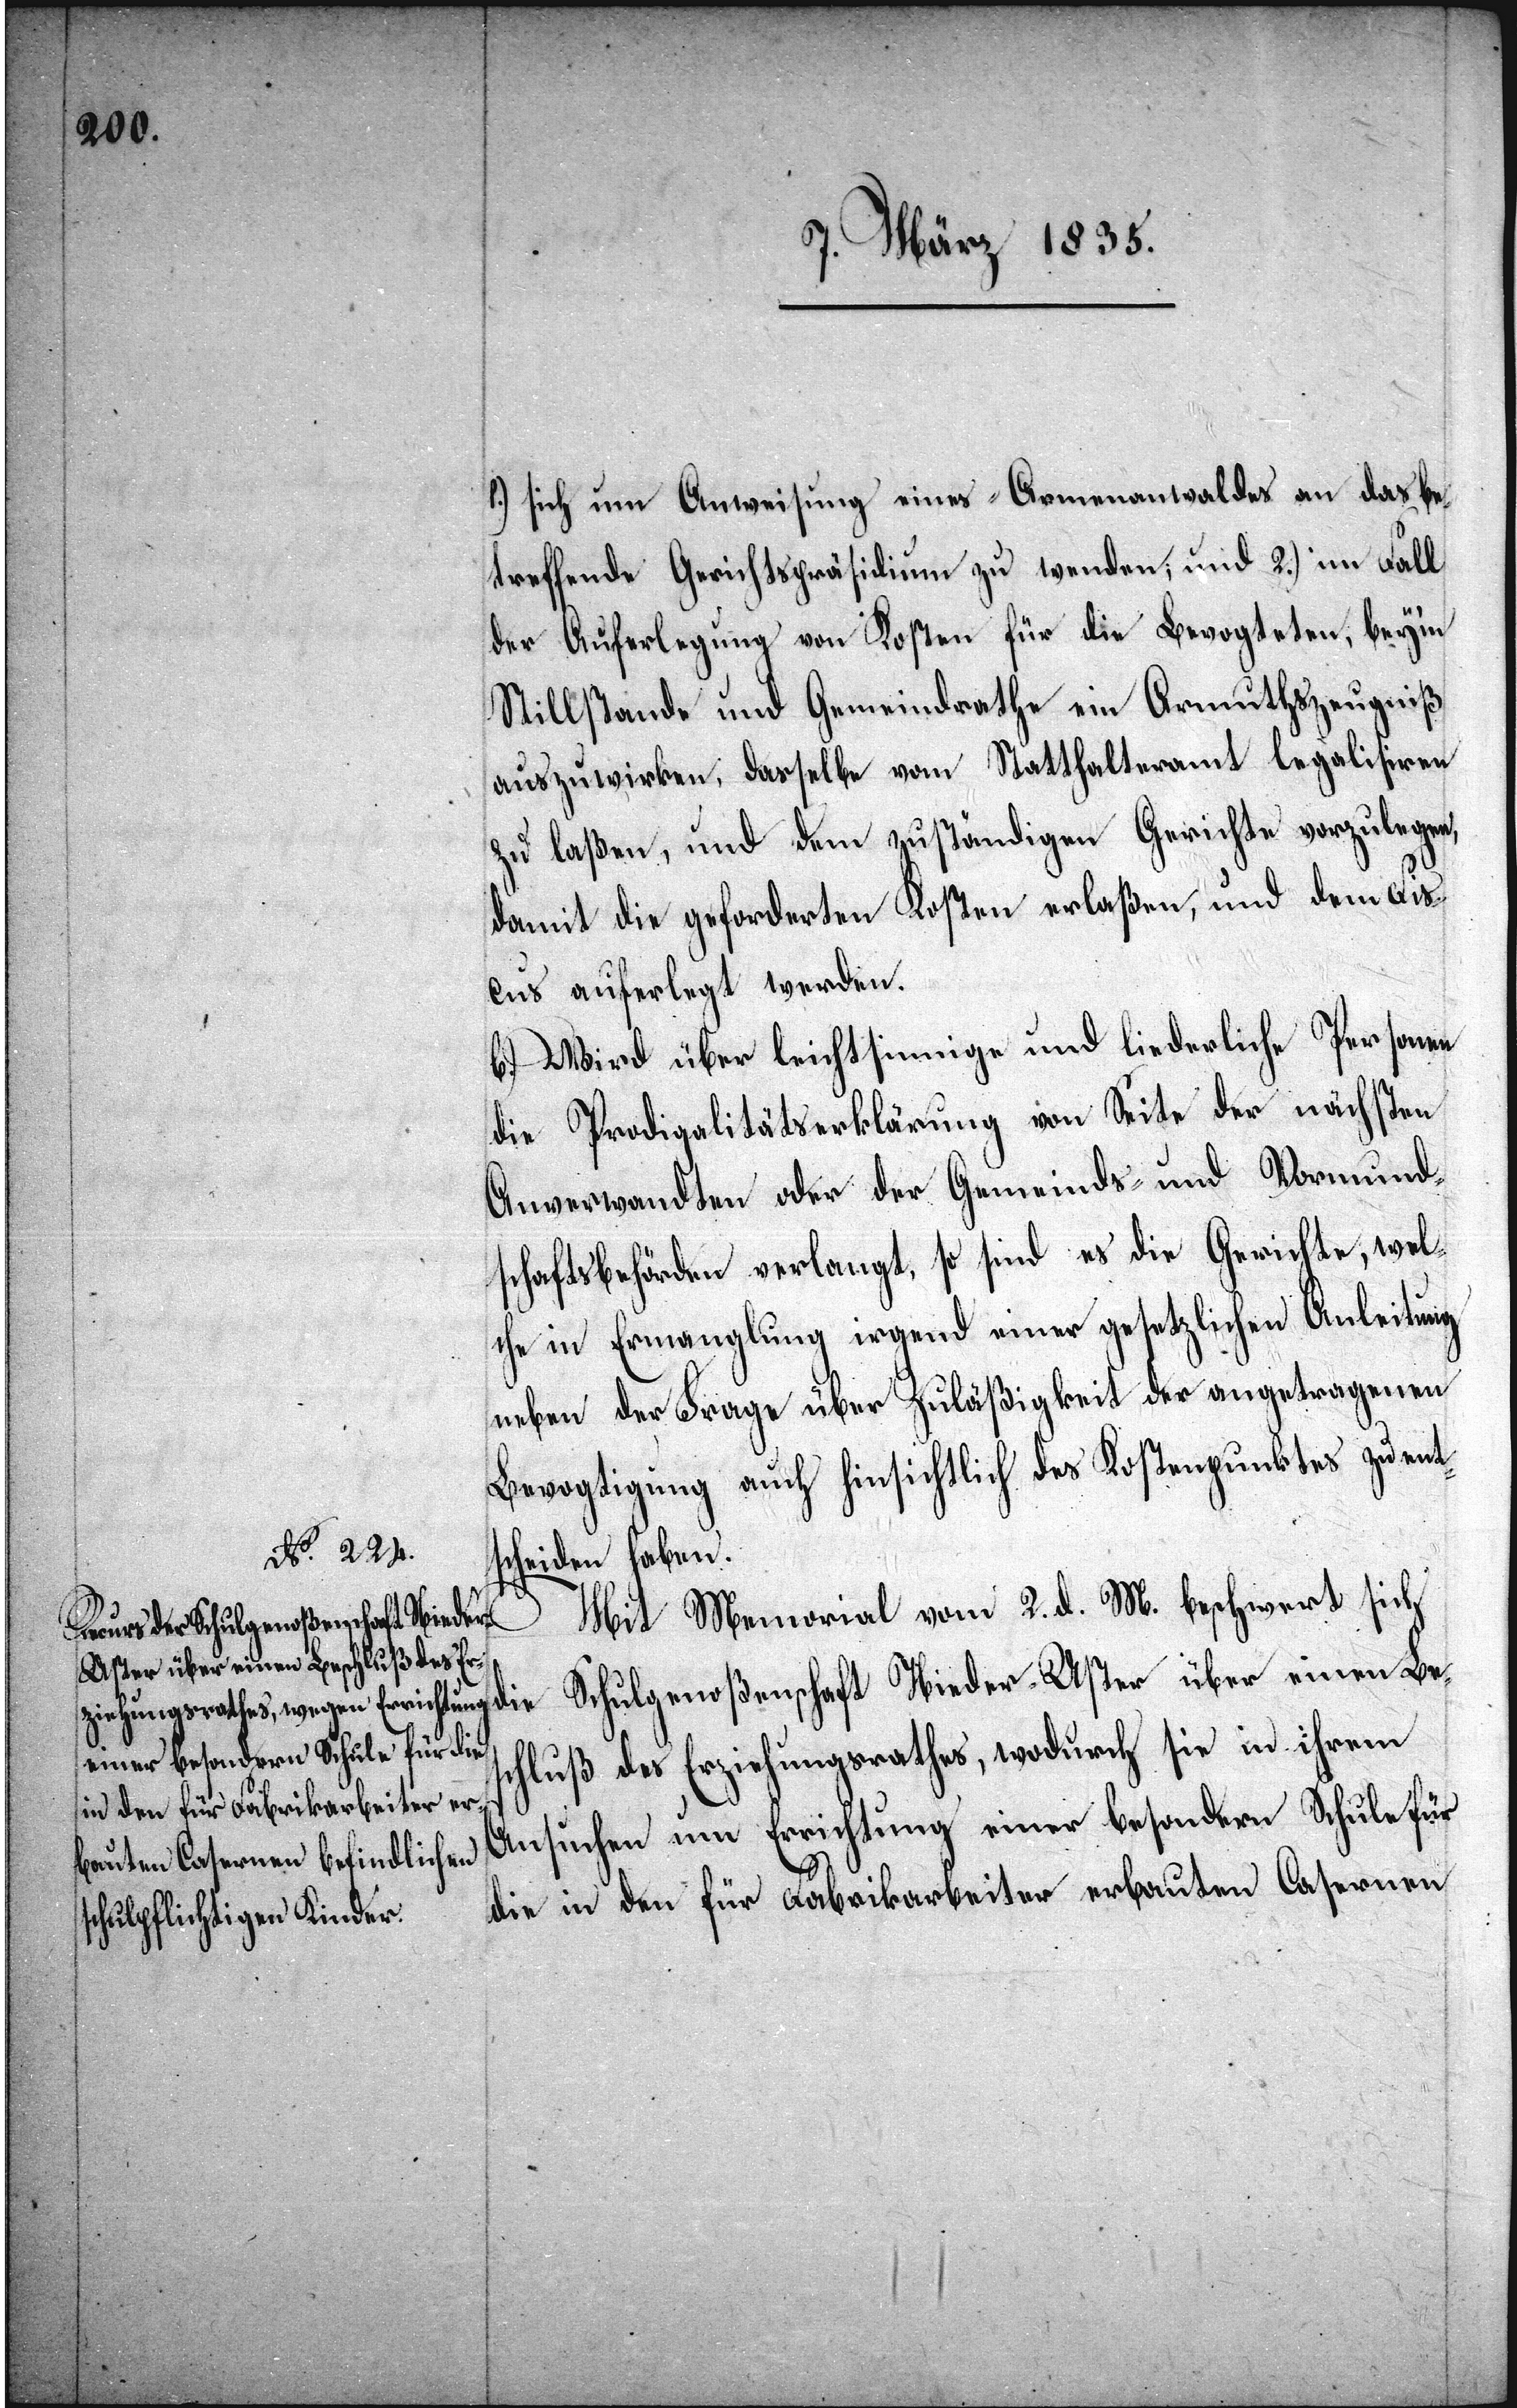
1.) sich um Ausweisung eines Armenanwaldes an das be¬
treffende Gerichtspräsidium zu wenden; und 2.) im Fall
der Auferlegung von Kosten für die Bevogteten, beym
Stillstande und Gemeindrathe ein Armuthszeugniß
auszuwirken, dasselbe vom Statthalteramt legalisiren
zu laßen, und dem zuständigen Gerichte vorzulegen,
damit die geforderten Kosten erlaßen, und dem Fis¬
cus auferlegt werden.
b.) Wird über leichtsinnige und liederliche Personen
die Prodigalitätserklärung von Seite der nächsten
Anverwandten oder der Gemeinde- und Vormund¬
schaftsbehörden verlangt, so sind es die Gerichte, wel¬
che in Ermangelung irgend einer gesetzlichen Anleitung
neben der Frage über Zuläßigkeit der angetragenen
Bevogtigung auch hinsichtlich des Kostenpunktes zu ent¬
scheiden haben.
Mit Memorial vom 2. d. M. beschwert sich
die Schulgenoßenschaft Nieder-Uster über einen Be¬
schluß des Erziehungsrathes, wodurch sie in ihrem
Ansuchen um Errichtung einer besondern Schule für
die in den für Fabrikarbeiter erbauten Casernen